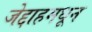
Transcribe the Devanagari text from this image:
जेद्दाहमधून